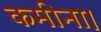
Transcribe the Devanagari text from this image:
कमीना।